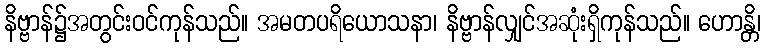
နိဗ္ဗာန်၌အတွင်းဝင်ကုန်သည်။ အမတပရိယောသနာ၊ နိဗ္ဗာန်လျှင်အဆုံးရှိကုန်သည်။ ဟောန္တိ၊